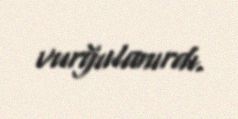
vurğulanırdı.